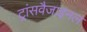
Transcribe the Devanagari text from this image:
ट्रांसवैजाइनल